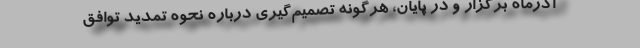
آذرماه برگزار و در پایان، هرگونه تصمیم‌گیری درباره نحوه تمدید توافق